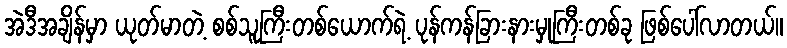
အဲဒီအချိန်မှာ ယုတ်မာတဲ့ စစ်သူကြီးတစ်ယောက်ရဲ့ ပုန်ကန်ခြားနားမှုကြီးတစ်ခု ဖြစ်ပေါ်လာတယ်။